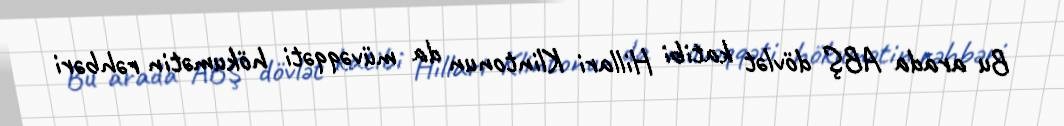
Bu arada ABŞ dövlət katibi Hillari Klintonun da müvəqqəti hökumətin rəhbəri